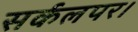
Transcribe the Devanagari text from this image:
सर्कलपर।